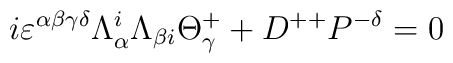
i\varepsilon^{\alpha\beta\gamma\delta}\Lambda^{i}_{\alpha}\Lambda_{\beta{i}}\Theta^{+}_{\gamma}+D^{++}P^{-\delta}=0